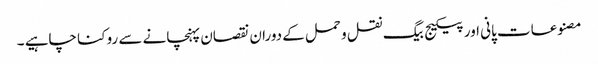
مصنوعات پانی اور پیکیج بیگ نقل و حمل کے دوران نقصان پہنچانے سے روکنا چاہیے ۔